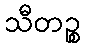
သီတဉ္စ